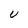
Character: U